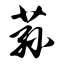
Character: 荪